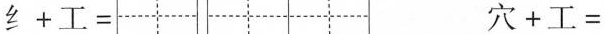
纟+工= 穴+工=